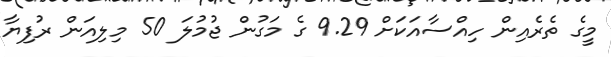
މީގެ ތެރެއިން ހިއްސާއަކަށް 9.29 ގެ މަގުން ޖުމުލަ 50 މިލިއަން ރުފިޔާ